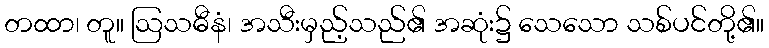
တထာ၊ တူ။ ဩသဓီနံ၊ အသီးမှည့်သည်၏ အဆုံး၌ သေသော သစ်ပင်တို့၏။